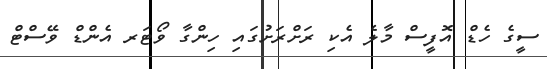
ސީގެ ހެޑް އޮފީސް މާލެ އެކި ރަށްރަށުގައި ހިންގާ ވޯޓަރ އެންޑް ވޭސްޓް